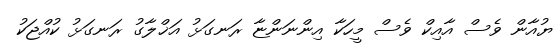
ޔުއާން ވެސް އާއިކް ވެސް މީހަކާ އިންނަންޏާ ރަނގަޅު އަޚްލާގު ރަނގަޅު ކުއްޖަކު